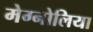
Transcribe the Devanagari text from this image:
मेग्नोलिया